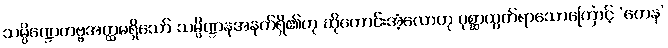
သမ္ပိဏ္ဍေတဗ္ဗအတ္ထမရှိသော် သမ္ပိဏ္ဍနအနက်ရှိ၏ဟု ဆိုကောင်းအံ့လောဟု ပုစ္ဆာထွက်ရာသောကြောင့် ‘တေန’